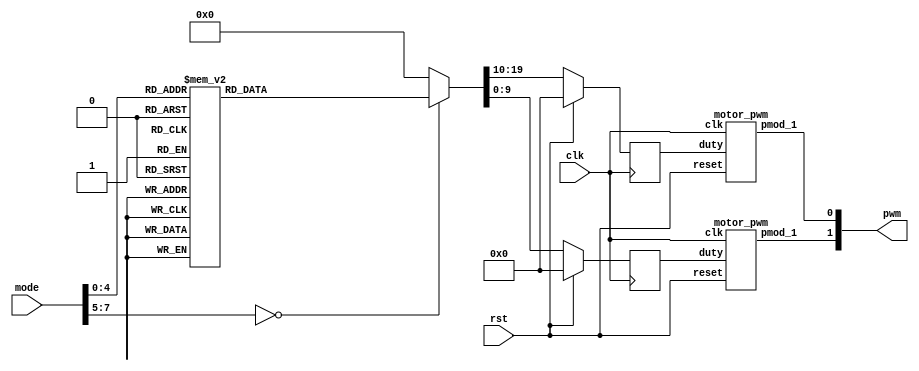

module motor(
    input clk,
    input rst,
    input [7 :0]mode,
    output  [1:0]pwm
);
    parameter Stop = 8'd10; //
    parameter Forward =8'd11; 
    parameter Backward =8'd12;
    parameter Right_Forward=8'd13;
    parameter Left_Forward=8'd14;
    parameter Left =8'd15;
    parameter Right = 8'd16;
    parameter TurnARound = 8'd17;
    parameter NTurnARound = 8'd18;
    reg [9:0]next_left_motor, next_right_motor;
    reg [9:0]left_motor, right_motor;
    wire left_pwm, right_pwm;

    motor_pwm m0(clk, rst, left_motor, left_pwm);
    motor_pwm m1(clk, rst, right_motor, right_pwm);
    assign pwm = {left_pwm, right_pwm};
    always@(posedge clk)begin
        if(rst)begin
            left_motor <= 10'd0;
            right_motor <= 10'd0;
        end else begin
            left_motor <= next_left_motor;
            right_motor <= next_right_motor;
        end
    end
    always @(*) begin
        case (mode)
            Stop: begin
                next_left_motor=10'd0;
                next_right_motor=10'd0;
            end
            Forward: begin
                next_left_motor=10'd750;
                next_right_motor=10'd750;
            end 
            Backward: begin
                next_left_motor=10'd750;
                next_right_motor=10'd750;
            end 
            Right_Forward: begin
                next_left_motor=10'd750;
                next_right_motor=10'd700;
            end
            Left_Forward: begin
                next_left_motor=10'd700;
                next_right_motor=10'd750;
            end
            Left: begin
                next_left_motor=10'd0;
                next_right_motor=10'd750;
            end
            Right: begin
                next_left_motor=10'd750;
                next_right_motor=10'd0;
            end
            TurnARound: begin
                next_left_motor=10'd550;
                next_right_motor=10'd550;
            end
            NTurnARound: begin
                next_left_motor=10'd550;
                next_right_motor=10'd550;
            end  
            default: begin
                next_left_motor=10'd0;
                next_right_motor=10'd0;
            end
        endcase
    end
   
endmodule

module motor_pwm (
    input clk,
    input reset,
    input [9:0]duty,
	output pmod_1 //PWM
);
        
    PWM_gen pwm_0 ( 
        .clk(clk), 
        .reset(reset), 
        .freq(32'd25000),
        .duty(duty), 
        .PWM(pmod_1)
    );

endmodule

//generte PWM by input frequency & duty
module PWM_gen (
    input wire clk,
    input wire reset,
	input [31:0] freq,
    input [9:0] duty,
    output reg PWM
);
    wire [31:0] count_max = 32'd100_000_000 / freq;
    wire [31:0] count_duty = count_max * duty / 32'd1024;
    reg [31:0] count;
        
    always @(posedge clk, posedge reset) begin
        if (reset) begin
            count <= 32'b0;
            PWM <= 1'b0;
        end else if (count < count_max) begin
            count <= count + 32'd1;
            if(count < count_duty)
                PWM <= 1'b1;
            else
                PWM <= 1'b0;
        end else begin
            count <= 32'b0;
            PWM <= 1'b0;
        end
    end
endmodule